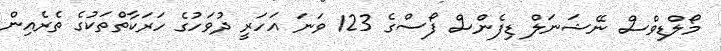
މޯލްޑިވްސް ނޭޝަނަލް ޑިފެންސް ފޯސްގެ 123 ވަނަ އަހަރީ ދުވަހުގެ ހަރަކާތްތަކުގެ ތެރެއިން